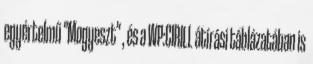
egyértelmű "Mogyeszt" , és a WP:CIRILL átírási táblázatában is